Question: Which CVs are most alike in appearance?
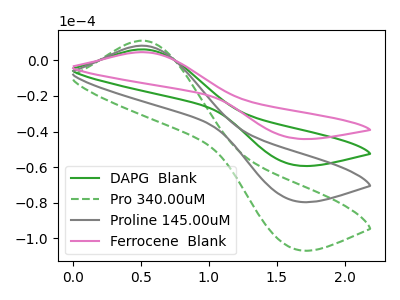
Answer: <think>The green curve "DAPG  Blank" has an anodic peak at (0.50V, 6.10uA) and a cathodic peak at (1.60V, -58.55uA). The green dashed curve "Pro 340.00uM" has an anodic peak at (0.50V, 18.30uA) and a cathodic peak at (1.60V, -175.70uA). The gray curve "Proline 145.00uM" has an anodic peak at (0.50V, 12.20uA) and a cathodic peak at (1.60V, -117.15uA). The pink curve "Ferrocene  Blank" has an anodic peak at (0.50V, 4.55uA) and a cathodic peak at (1.60V, -43.65uA).
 All the peaks in "DAPG  Blank" have a peak in "Pro 340.00uM" at the same potential. Every peak in "DAPG  Blank" is lower than every peak in "Pro 340.00uM". All the peaks in "DAPG  Blank" have a peak in "Proline 145.00uM" at the same potential. Every peak in "DAPG  Blank" is lower than every peak in "Proline 145.00uM". All the peaks in "DAPG  Blank" have a peak in "Ferrocene  Blank" at the same potential. Every peak in "DAPG  Blank" is higher than every peak in "Ferrocene  Blank". All the peaks in "Pro 340.00uM" have a peak in "Proline 145.00uM" at the same potential. Every peak in "Pro 340.00uM" is higher than every peak in "Proline 145.00uM". All the peaks in "Pro 340.00uM" have a peak in "Ferrocene  Blank" at the same potential. Every peak in "Pro 340.00uM" is higher than every peak in "Ferrocene  Blank". All the peaks in "Proline 145.00uM" have a peak in "Ferrocene  Blank" at the same potential. Every peak in "Proline 145.00uM" is higher than every peak in "Ferrocene  Blank".</think>
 <answer>"Ferrocene  Blank", "DAPG  Blank", "Pro 340.00uM" and "Proline 145.00uM" have the same shape and are likely CV's of the same chemical.</answer>
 <eval>"Ferrocene  Blank" "DAPG  Blank" "Pro 340.00uM" "Proline 145.00uM"</eval>